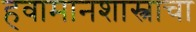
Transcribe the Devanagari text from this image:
हवामानशास्त्राचा